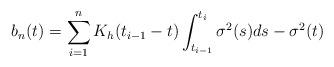
LaTeX: \begin{align*}b_n(t)=\sum_{i=1}^nK_h(t_{i-1}-t)\int_{t_{i-1}}^{t_i}\sigma^2(s)ds-\sigma^2(t)\end{align*}